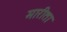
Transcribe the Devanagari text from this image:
मारीता